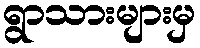
ရွာသားများမှ